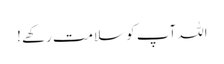
اللہ آپ کو سلامت رکھے !